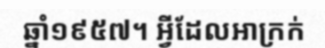
ឆ្នាំ១៩៥៧។ អ្វីដែលអាក្រក់